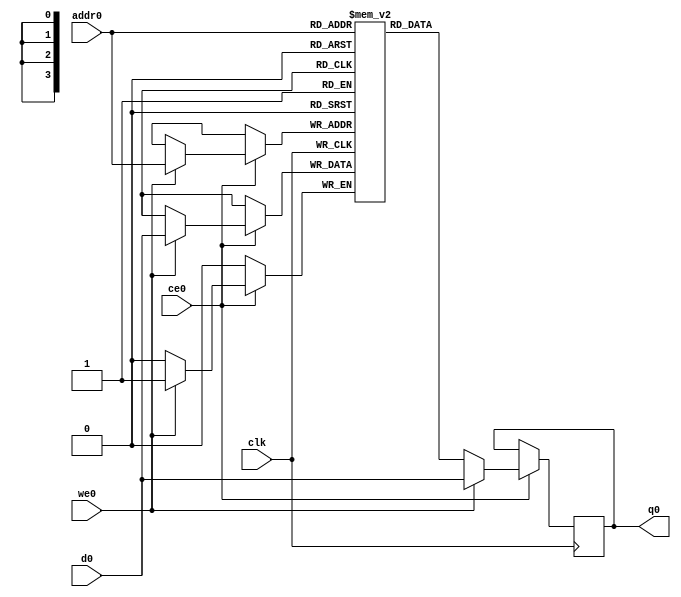
// ==============================================================
// File generated by Vivado(TM) HLS - High-Level Synthesis from C, C++ and SystemC
// Version: 2017.4
// Copyright (C) 1986-2017 Xilinx, Inc. All Rights Reserved.
// 
// ==============================================================

`timescale 1 ns / 1 ps
module packer_packet_lasjbC_ram (addr0, ce0, d0, we0, q0,  clk);

parameter DWIDTH = 1;
parameter AWIDTH = 4;
parameter MEM_SIZE = 10;

input[AWIDTH-1:0] addr0;
input ce0;
input[DWIDTH-1:0] d0;
input we0;
output reg[DWIDTH-1:0] q0;
input clk;

(* ram_style = "distributed" *)reg [DWIDTH-1:0] ram[0:MEM_SIZE-1];




always @(posedge clk)  
begin 
    if (ce0) 
    begin
        if (we0) 
        begin 
            ram[addr0] <= d0; 
            q0 <= d0;
        end 
        else 
            q0 <= ram[addr0];
    end
end


endmodule


`timescale 1 ns / 1 ps
module packer_packet_lasjbC(
    reset,
    clk,
    address0,
    ce0,
    we0,
    d0,
    q0);

parameter DataWidth = 32'd1;
parameter AddressRange = 32'd10;
parameter AddressWidth = 32'd4;
input reset;
input clk;
input[AddressWidth - 1:0] address0;
input ce0;
input we0;
input[DataWidth - 1:0] d0;
output[DataWidth - 1:0] q0;



packer_packet_lasjbC_ram packer_packet_lasjbC_ram_U(
    .clk( clk ),
    .addr0( address0 ),
    .ce0( ce0 ),
    .d0( d0 ),
    .we0( we0 ),
    .q0( q0 ));

endmodule